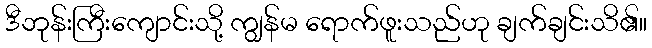
ဒီဘုန်းကြီးကျောင်းသို့ ကျွန်မ ရောက်ဖူးသည်ဟု ချက်ချင်းသိ၏။